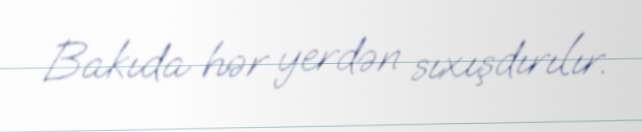
Bakıda hər yerdən sıxışdırılır.